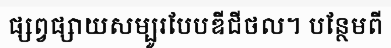
ផ្សព្វផ្សាយសម្បូរបែបឌីជីថល។ បន្ថែមពី